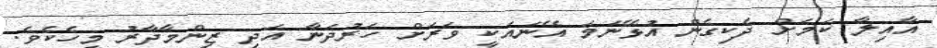
އާއިލާ ކަމަށް ދެކިގެން އުޅޭނަމަ އޭނައަކީ ވަރަށް ހަރުދަނާ އަދި ޒިންމާދާރު މީހެކެވެ.